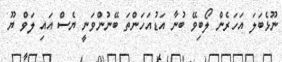
ނޫޅެބަލަ އަހަރެން ލޯބިވޭ ބުނާ އަޑުއަހަންތަ ބޭނުންވަނީ ޔެސް އައި ލަވް ޔޫ